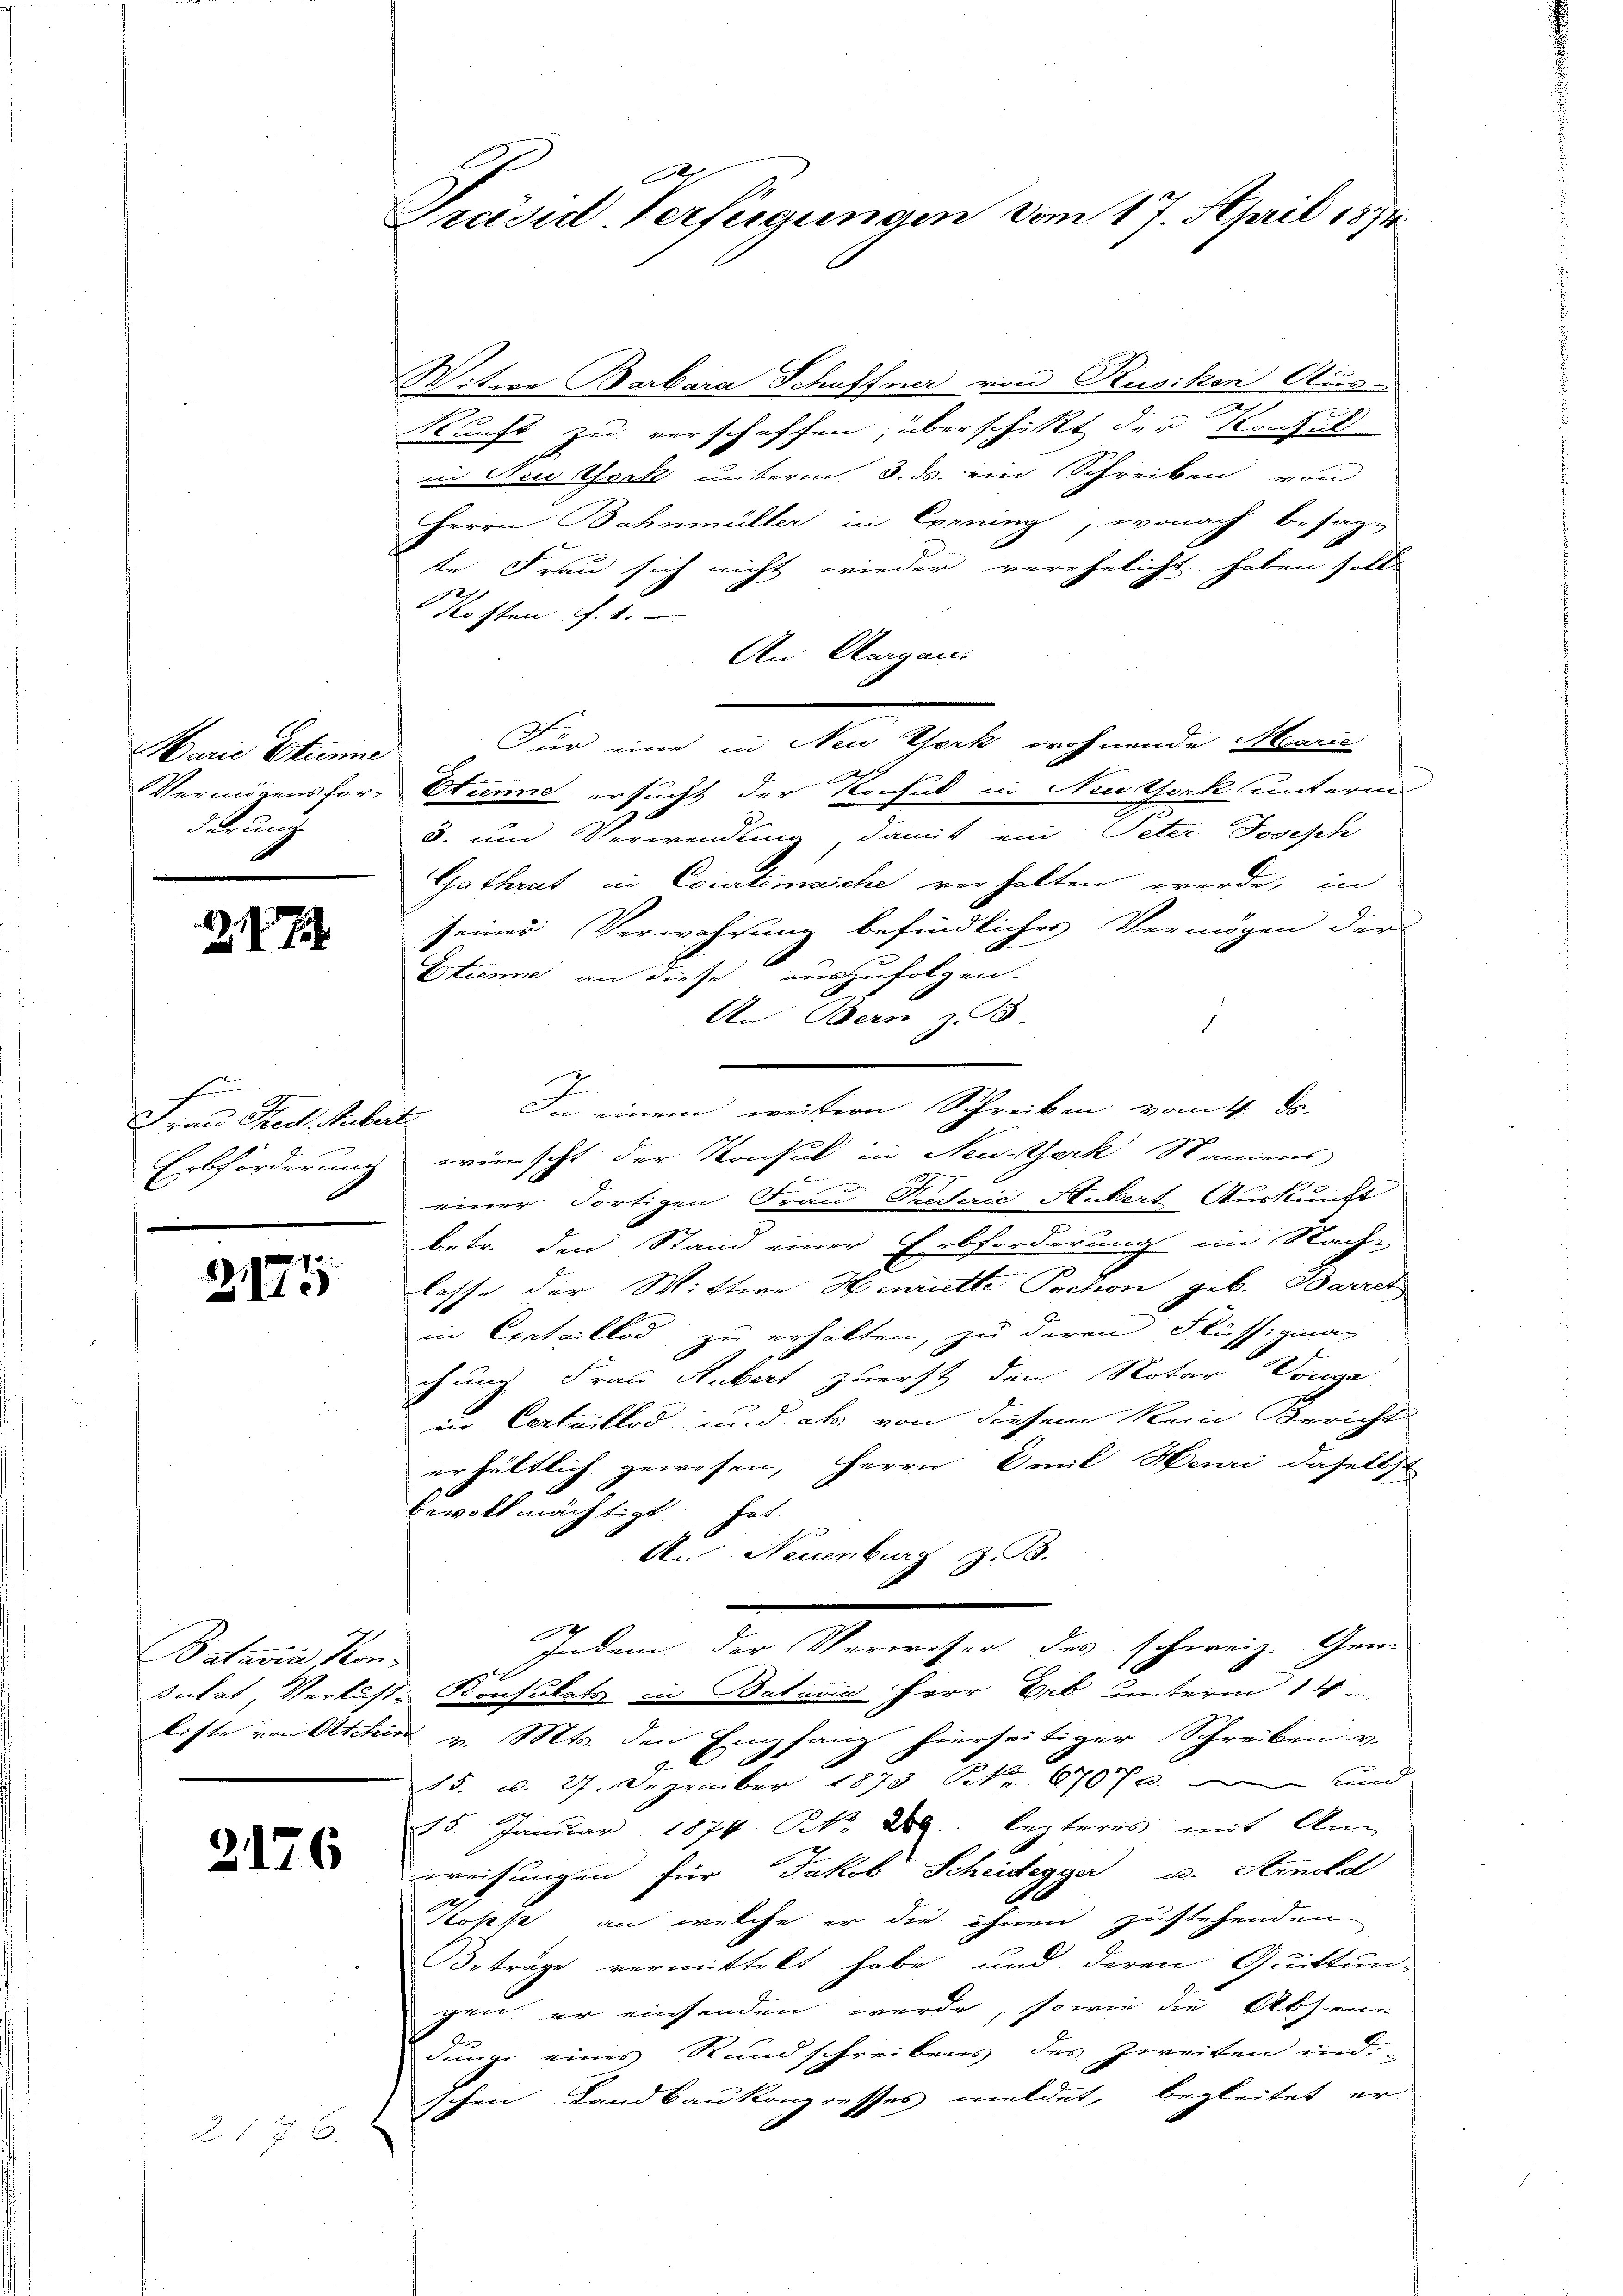
Marie Etienne
d. Krung

7

F
Frau Red. Hubert

u
2115

Batavia Kon¬

2176

2176

Präsid-Verfügungen vom 17. April 1874

Witwe Barbara Schaffner von Rusikon Aus-
Kunft zu verschaffen, überschikt der Koche
in New York unterm 3. ds. ein Schreiben von
Herrn Bahnmüller in Corning, wonach besagte Frau sich nicht wieder verehelicht haben soll
e
Kosten f. 1.
An Aargau.
Vermögensfor- Strenne ersucht der Konsul in Neuthork unterm
3. und Verwendung, damit ein Peter Joseph
Gathrat in Courtenaiche verhalten werde, in
seiner Verwahrung befindlicher Vermögen der
Etienne an diese auszufolgen.
An Bern z. B.
1
e
In einem weitern Schreiben vom 4. ds.
Erbförderung wünscht der Konsul in Neusteck Namens
f
einer dortigen Frau Prederić Hubert Auskunft
betr. den Stand einer Erbforderung im Nach-
lasse der Wittwe Henriette Tochon geb. Barrch
in Exetaillos zu erhalten, zu deren Flüssiginag
chung Frau Hubert zuerst den Notar Vorga
in Certaillod und als von diesem kein Bericht
erhältlich gewesen, Herrn Emil Henri daselbst
bevollmächtigt hat.
A. Neuenburg z. B.
2
Indem der Verweser des schweiz. Gem
sutat, Verlust Konsulats in Batavia Herr Erb unterm 14.
liste von Aschin v. Mts. den Empfang hierseitiger Schreiben v.
15. d. 27. Dezember 1873 Nr. 67070. und
15. Januar 1874. Nr. 289. lezteres mit Ann
weisungen für Jakob Scheidegger u. Arnold
Kopp an welche er die ihnen zustehenden
Beträge vermittelt habe und deren Quittun-
gen, er einsenden werde, sowie die Absen
Junge eines Rundschreibens des Zweiten ind
schen Landbaukongresses meldet, begleitet er-

Für eine in New York wohnende Meerić